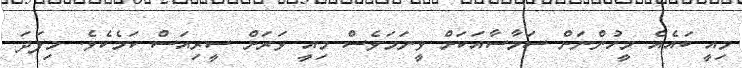
މިއީ ބައެއް މީހުންނަށް ސަމާސާއަކަށް ވީނަމަވެސް މިއީ ވަރަށް ސީރިއަސް ކަމެކެވެ. މިފަދަ